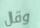
وقال